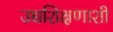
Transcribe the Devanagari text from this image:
उच्चशिक्षणाशी